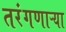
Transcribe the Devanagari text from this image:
तरंगणाऱ्या